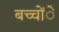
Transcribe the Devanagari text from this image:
बच्चोंे